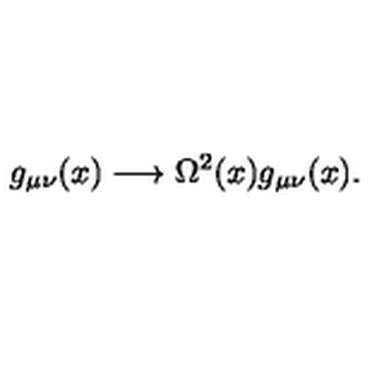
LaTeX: g _ { \mu \nu } ( x ) \longrightarrow \Omega ^ { 2 } ( x ) g _ { \mu \nu } ( x ) .